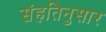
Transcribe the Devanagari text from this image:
संहतिनुसार